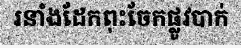
រនាំងដែកពុះចែកផ្លូវបាក់